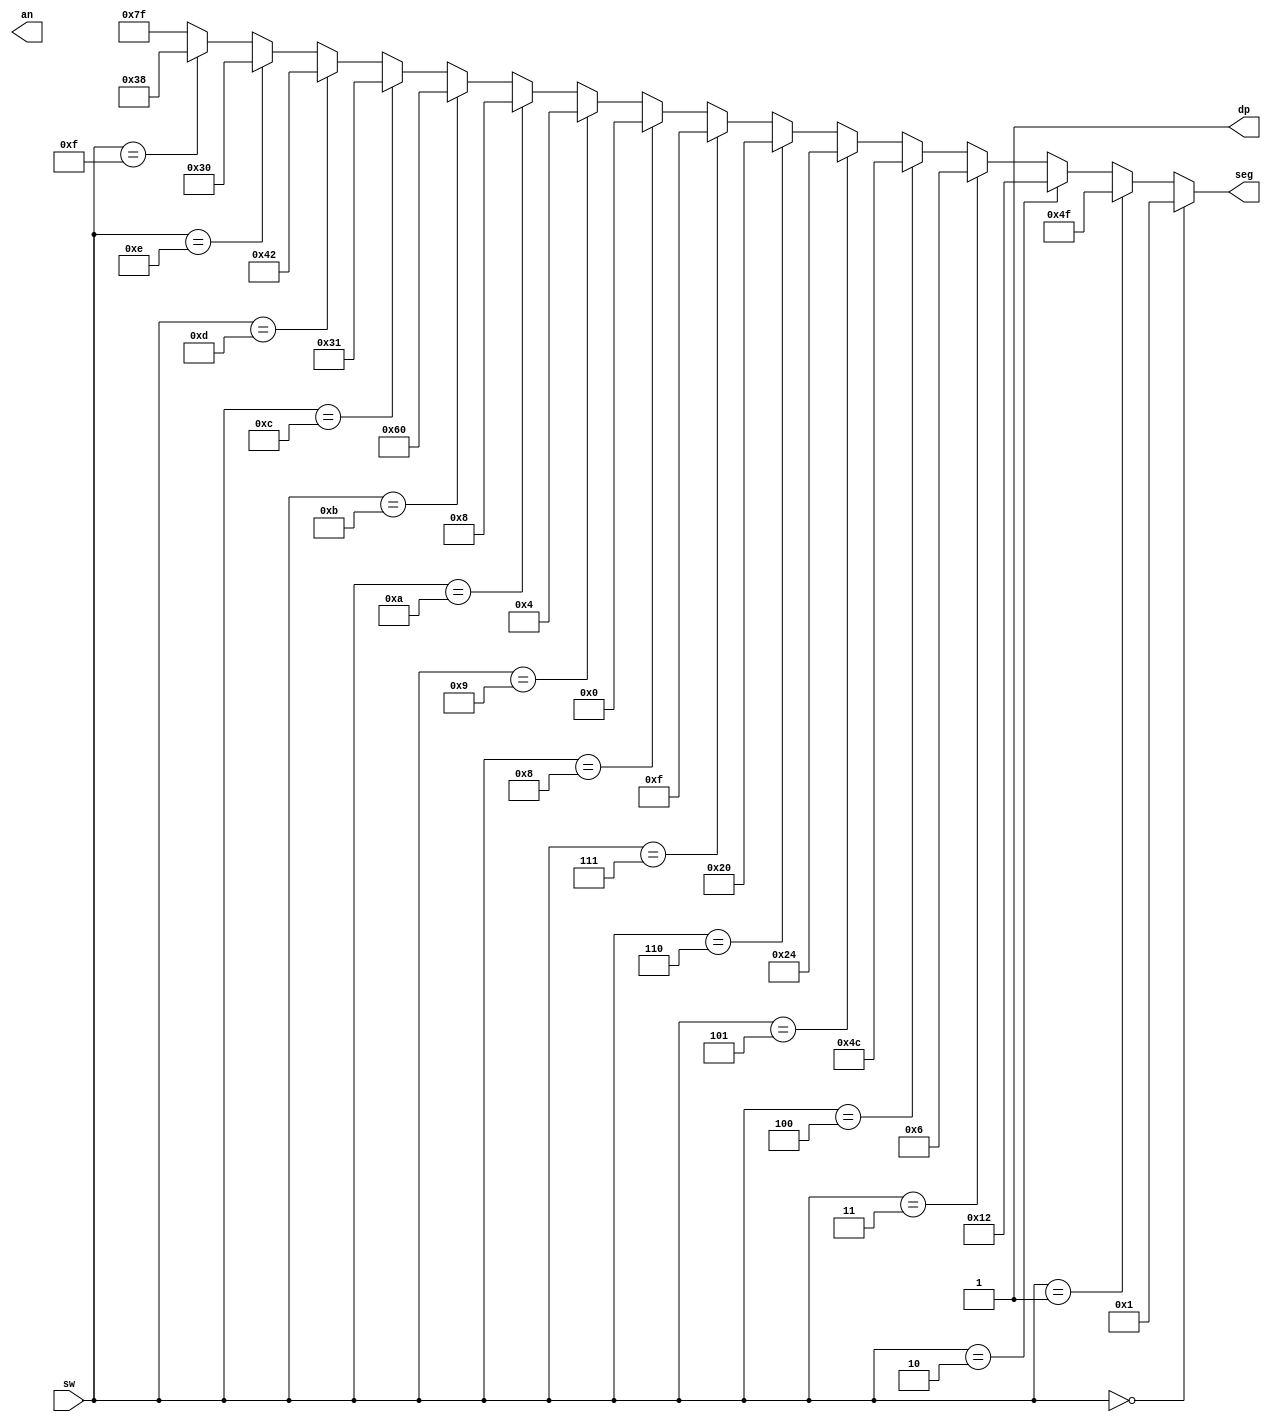
`timescale 1ns / 1ps
//////////////////////////////////////////////////////////////////////////////////
// Company: 
// Engineer: 
// 
// Design Name: 
// Module Name: seg7
// Project Name: 
// Target Devices: 
// Tool Versions: 
// Description: 
// 
// Dependencies: 
// 
// Revision:
// Revision 0.01 - File Created
// Additional Comments:
// 
//////////////////////////////////////////////////////////////////////////////////


module sseg(
    input [3:0] sw,
    output reg [0:6] seg,
    output dp,
    output [3:0] an
    );
    assign dp = 1'b1; //force the decimal point off
    
    always @(sw)  // sw is in the sensitivity list
    begin
        if (sw == 4'h0) seg = 7'b000001;
    	else if (sw == 4'h1) seg = 7'b1001111;
    	else if (sw == 4'h2) seg = 7'b0010010;
    	else if (sw == 4'h3) seg = 7'b0000110;
    	else if (sw == 4'h4) seg = 7'b1001100;
    	else if (sw == 4'h5) seg = 7'b0100100;
    	else if (sw == 4'h6) seg = 7'b0100000;
    	else if (sw == 4'h7) seg = 7'b0001111;
    	else if (sw == 4'h8) seg = 7'b0000000;
    	else if (sw == 4'h9) seg = 7'b0000100;
    	else if (sw == 4'ha) seg = 7'b0001000;
    	else if (sw == 4'hb) seg = 7'b1100000;
    	else if (sw == 4'hc) seg = 7'b0110001;
    	else if (sw == 4'hd) seg = 7'b1000010;
    	else if (sw == 4'he) seg = 7'b0110000;
    	else if (sw == 4'hf) seg = 7'b0111000;
    	else seg = 7'b1111111;
    end //always
endmodule